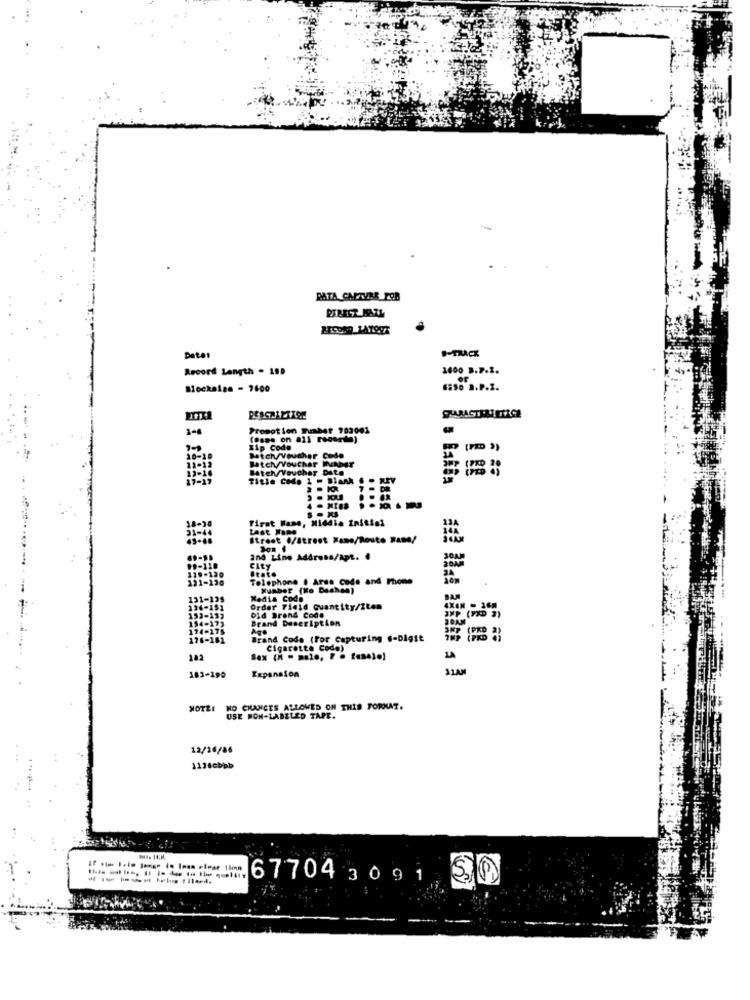
DATA CAPTURE FOR
DIRECT MAIL
#-TRACK
Date:
Record Length . 199
1600_B.7.2.
or
Blockalan - 7600
6250 1.P.2.
Promotion Fuaber 702001
Zip Code
Batch/Voucher MENT
Batch/Voucher code
Batch/Voucher Date
Title Code 1 - Blank
First Name, Middia Initial
Last Name
Street ./Street Xane/Resto Rase/
and Line Address/Apt. .
City
Stato
191-130
Telephone . Aras code and Phone
Number (Ko Dachen)
Awmhe Tic16 quantity/Ztem
Brand Description
Did Brend Code
Age
Brand Code (For Capturing .- Digit
Cigarette Codo)
102
Sex (H = == le, 7 · faselo)
31AM
183-190
Expansion
NO CHANCES ALLOWED ON THIS FORMAT.
USE HON-LABELED TAPE.
12/16/86
113debpb
-------- --
67704 3091